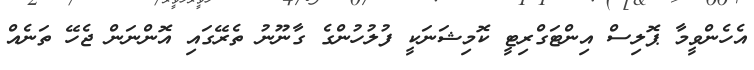
އެހެންވީމާ ޕޮލިސް އިންޓަގްރިޓީ ކޮމިޝަނަކީ ފުލުހުންގެ ގާނޫނު ތެރޭގައި އޮންނަން ޖެހޭ ތަނެއް